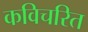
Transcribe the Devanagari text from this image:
कविचरित